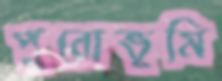
পুরোভূমি